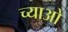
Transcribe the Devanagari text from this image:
च्याओ